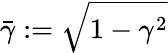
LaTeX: \bar{\gamma}:=\sqrt{1-\gamma^{2}}